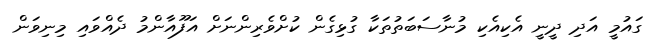
ގައުމީ އަދި ދީނީ އެކިއެކި މުނާސަބަތުތަކާ ގުޅިގެން ކުށްވެރިންނަށް އަފޫއާންމު ދެއްވައި މިނިވަން